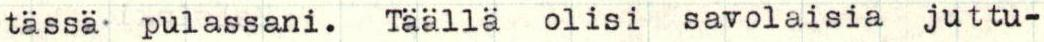
tässä pulassani. Täällä olisi savolaisia juttu-